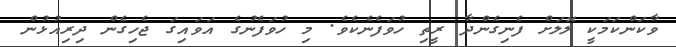
ވާކަންކަމަކީ ލޮލަށް ފެނިގެންދާ ރީތި ހުވަފެނެކެވެ. މި ހުވަފެނުގެ އަވައިގަ ޖެހިގެން ދިރިއުޅުން